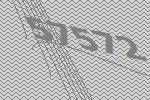
57572